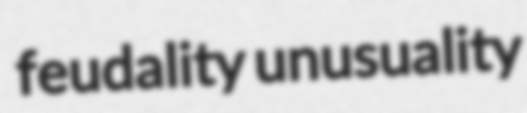
feudality unusuality